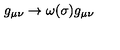
g _ { \mu \nu } \rightarrow \omega ( \sigma ) g _ { \mu \nu }